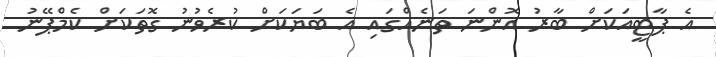
އެ ޕާޓީއަކަށް ބާރު އޮންނަ ތަނެއްގައި އެ ބަޔަކަށް ކުރެވުނު ގޮތަކަށް ކެމްޕޭނު